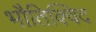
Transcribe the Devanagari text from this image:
भौतिक्विद